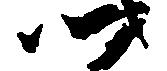
以